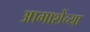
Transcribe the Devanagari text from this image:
आगाशेंच्या